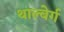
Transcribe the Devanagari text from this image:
थाल्बेर्ग